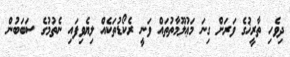
ދިވެހި ތާރީޚުގެ ވަރަށް ގިނަ މަޢުލޫމާތުތައް ވަނީ ރެކޯޑުތަކެއް ލިޔެވިފައި ނެތުމުގެ ސަބަބުން